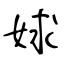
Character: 㛏